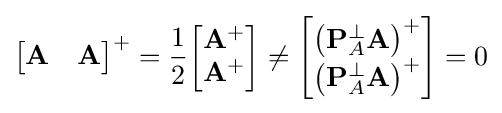
{\begin{bmatrix}\mathbf {A} &\mathbf {A} \end{bmatrix}}^{+}={\frac {1}{2}}{\begin{bmatrix}\mathbf {A} ^{+}\\\mathbf {A} ^{+}\end{bmatrix}}\neq {\begin{bmatrix}\left(\mathbf {P} _{A}^{\perp }\mathbf {A} \right)^{+}\\\left(\mathbf {P} _{A}^{\perp }\mathbf {A} \right)^{+}\end{bmatrix}}=0